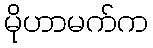
မိုဟာမက်က